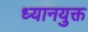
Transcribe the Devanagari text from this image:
ध्‍यानयुक्त